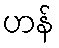
ဟန်